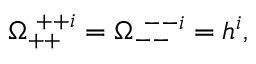
\Omega _ { + + } ^ { ~ + + i } = \Omega _ { -- } ^ { ~ -- i } = h ^ { i } ,